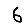
Digit: 6